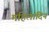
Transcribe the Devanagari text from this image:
महिलादिन